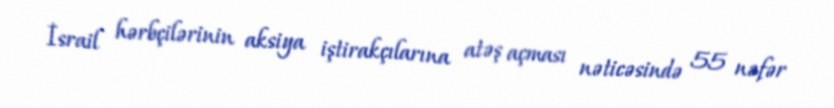
İsrail hərbçilərinin aksiya iştirakçılarına atəş açması nəticəsində 55 nəfər